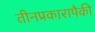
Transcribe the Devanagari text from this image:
तीनप्रकारापैकी